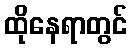
ထိုနေရာတွင်